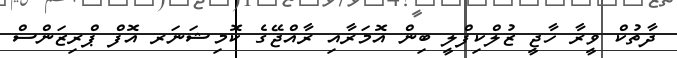
ދާތުކް ވީރާ ހާޖީ ޒުލްކިފްލީ ބިން އޮމަރާއި ރާއްޖޭގެ ކޮމިޝަނަރ އޮފް ޕްރިޒަންސް